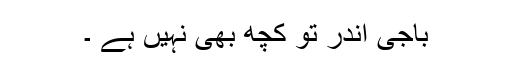
باجی اندر تو کچھ بھی نہیں ہے ۔